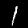
Label: 1